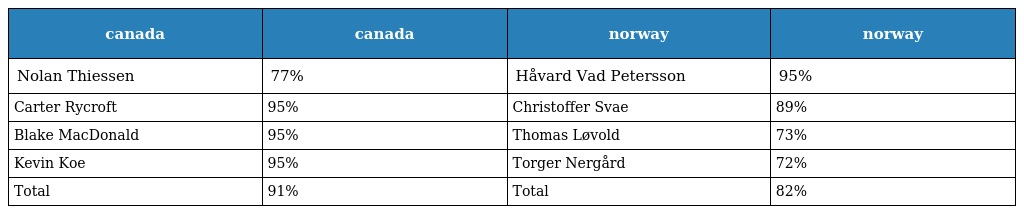
| canada | canada | norway | norway |
 | --- | --- | --- | --- |
 | Nolan Thiessen | 77% | Håvard Vad Petersson | 95% |
 | Carter Rycroft | 95% | Christoffer Svae | 89% |
 | Blake MacDonald | 95% | Thomas Løvold | 73% |
 | Kevin Koe | 95% | Torger Nergård | 72% |
 | Total | 91% | Total | 82% |